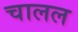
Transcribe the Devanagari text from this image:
चालल